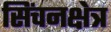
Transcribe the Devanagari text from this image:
सिंचनक्षेत्र